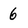
Character: 6